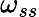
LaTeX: \omega_{ss}